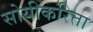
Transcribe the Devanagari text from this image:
सोयीकरिता